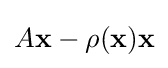
A\mathbf {x} -\rho (\mathbf {x} )\mathbf {x}